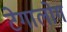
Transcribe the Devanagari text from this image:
टेगालोग